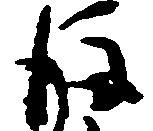
後